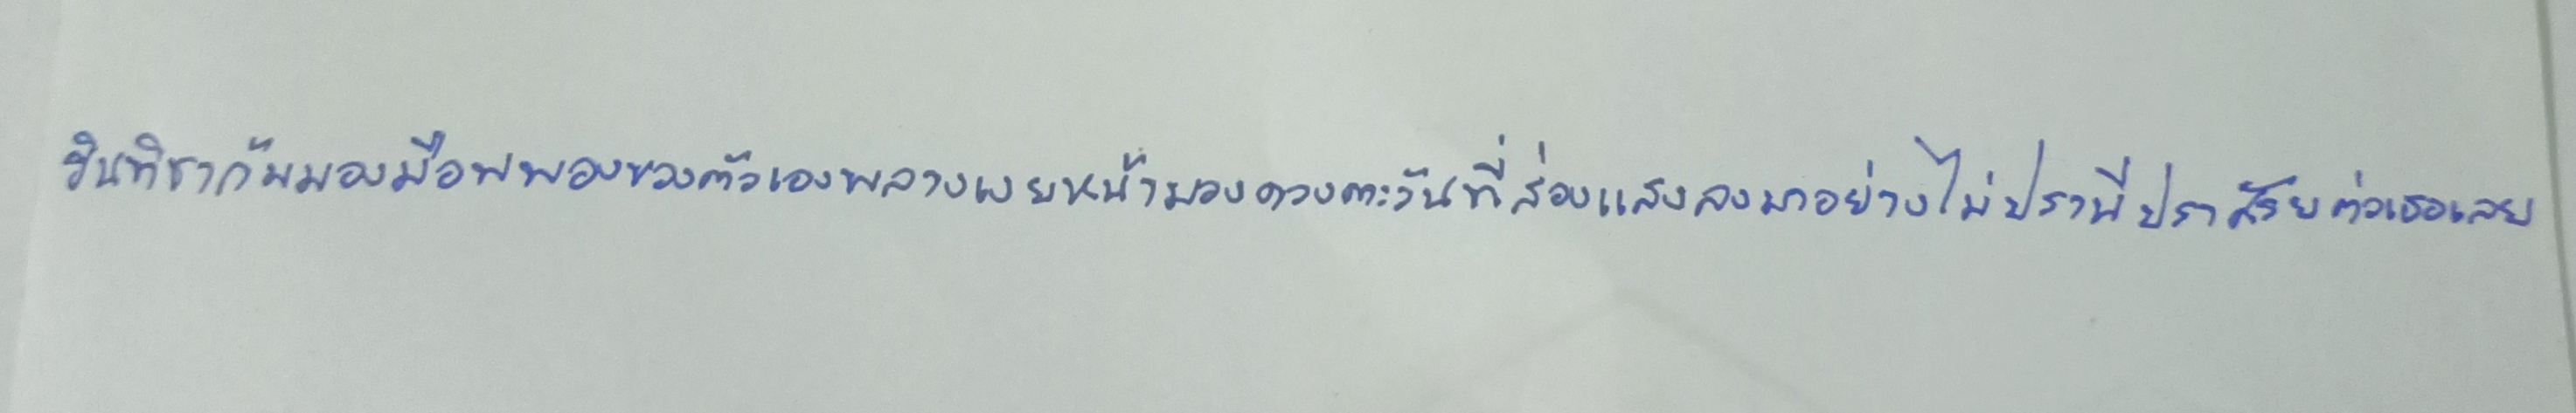
รินทิชาก้มมองมือพุพองของตัวเองพลางเงยหน้ามองดวงตะวันที่ส่องแสงลงมาอย่างไม่ปรานีปราศรัยต่อเธอเลย